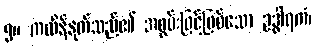
၅။ ကထိန်နုတ်သည်၏ အစွမ်းဖြင့်ဖြစ်သော ဥဒ္ဓါရကံ၊